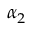
\alpha _ { 2 }